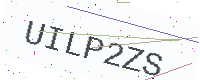
Text: UILP2ZS